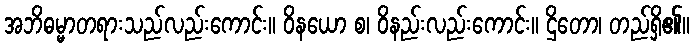
အဘိဓမ္မာတရားသည်လည်းကောင်း။ ဝိနယော စ၊ ဝိနည်းလည်းကောင်း။ ဌိတော၊ တည်ရှိ၏။